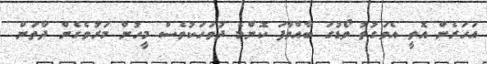
އަހަރެން އޮތީ އެވަގުތު ވޯޑުގަ ބާއްވާފަ ކޮންމެ ދުވަހަކުވެސް މީހުން މަރުވެގެން ދާތަން